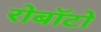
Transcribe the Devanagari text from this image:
रोबॉटो